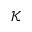
\mathcal { K }